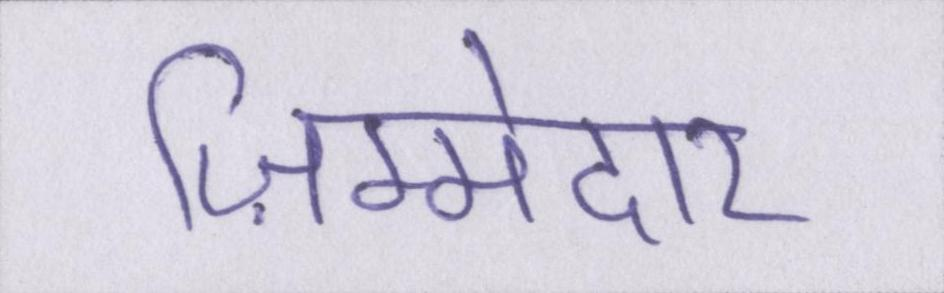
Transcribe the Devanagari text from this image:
ज़िम्मेदार